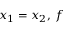
x _ { 1 } = x _ { 2 } , \, f